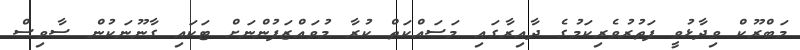
މަބްރޫކް ވިދާޅުވީ ފަތުރުވެރިކަމުގެ ދާއިރާގައި މަސައްކަތް ކުރާ މުވައްޒަފުންނަށް ޓަކައި ގާނޫނަކުން ސާވިސް